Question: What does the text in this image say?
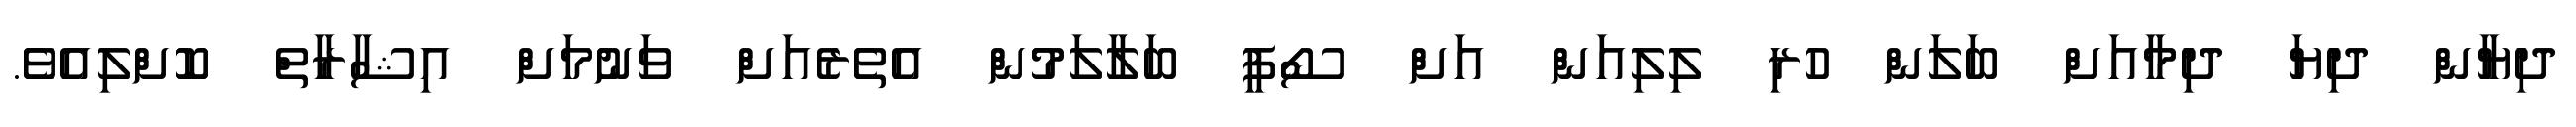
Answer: ދިޔާން ދިޔަ ދިމާއަށް ބަލަން ހުރި ލިލިއަން އަށް ސޯފީ ބަލާލަމުން އެތެރެއަށް ވަނުމަށް އިޝާރާތް ކޮށްލިއެވެ.